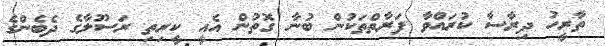
ތާރީހު ދިރާސާ ކުރައްވާ ފަރާތްތަކުން ބުނާ ގޮތުން އެއީ ކީރިތި ރަސޫލާގެ ދެބެންގެ